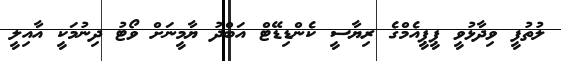
ލުތުފީ ވިދާޅުވީ ޕީޕީއެމްގެ ރިޔާސީ ކެންޑިޑޭޓް އަބްދު ޔާމީނަށް ވޯޓު ދިނުމަކީ އާއިލީ